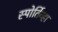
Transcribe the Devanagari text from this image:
स्पोर्तिव्हा